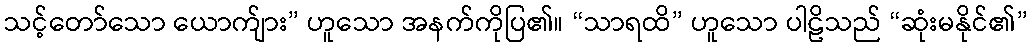
သင့်တော်သော ယောက်ျား” ဟူသော အနက်ကိုပြ၏။ “သာရထိ” ဟူသော ပါဠိသည် “ဆုံးမနိုင်၏”